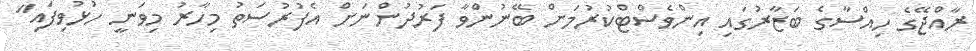
ރާއްޖޭގެ ހިއްސާގެ ބަޒާރުގައި އިންވެސްޓްކުރުމަށް ބޭނުންވާ ފަރުދުންނަށް އެފުރުސަތު މިހާރު މިވަނީ ހުޅުވިފައި"